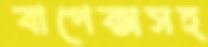
বাপেক্সসহ